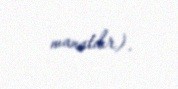
manatdır).